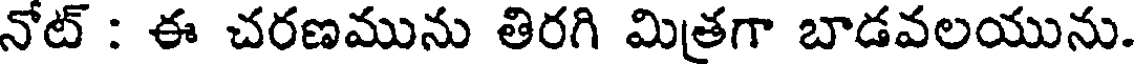
నోట్ : ఈ చరణమును తిరగి మితగా బాడవలయును.